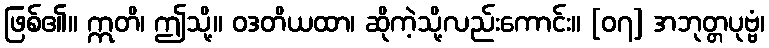
ဖြစ်၏။ ဣတိ၊ ဤသို့။ ဝဒတိယထာ၊ ဆိုကဲ့သို့လည်းကောင်း။ [၀၇] အဘုတ္တပုဗ္ဗံ၊